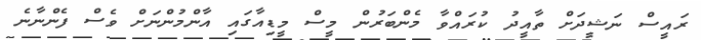
ރައީސް ނަޝީދަށް ތާއީދު ކުރައްވާ މެންބަރުން މީސް މީޑިއާގައި އާންމުންނަށް ވެސް ފެންނާނެ